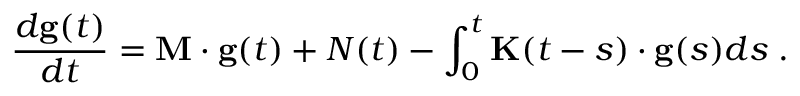
\frac { d { \bf g } ( t ) } { d t } = { \bf M } \cdot { \bf g } ( t ) + { \cal N } ( t ) - \int _ { 0 } ^ { t } { \bf K } ( t - s ) \cdot { \bf g } ( s ) d s \; .